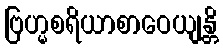
ဗြဟ္မစရိယာစာဝေယျန္တိ